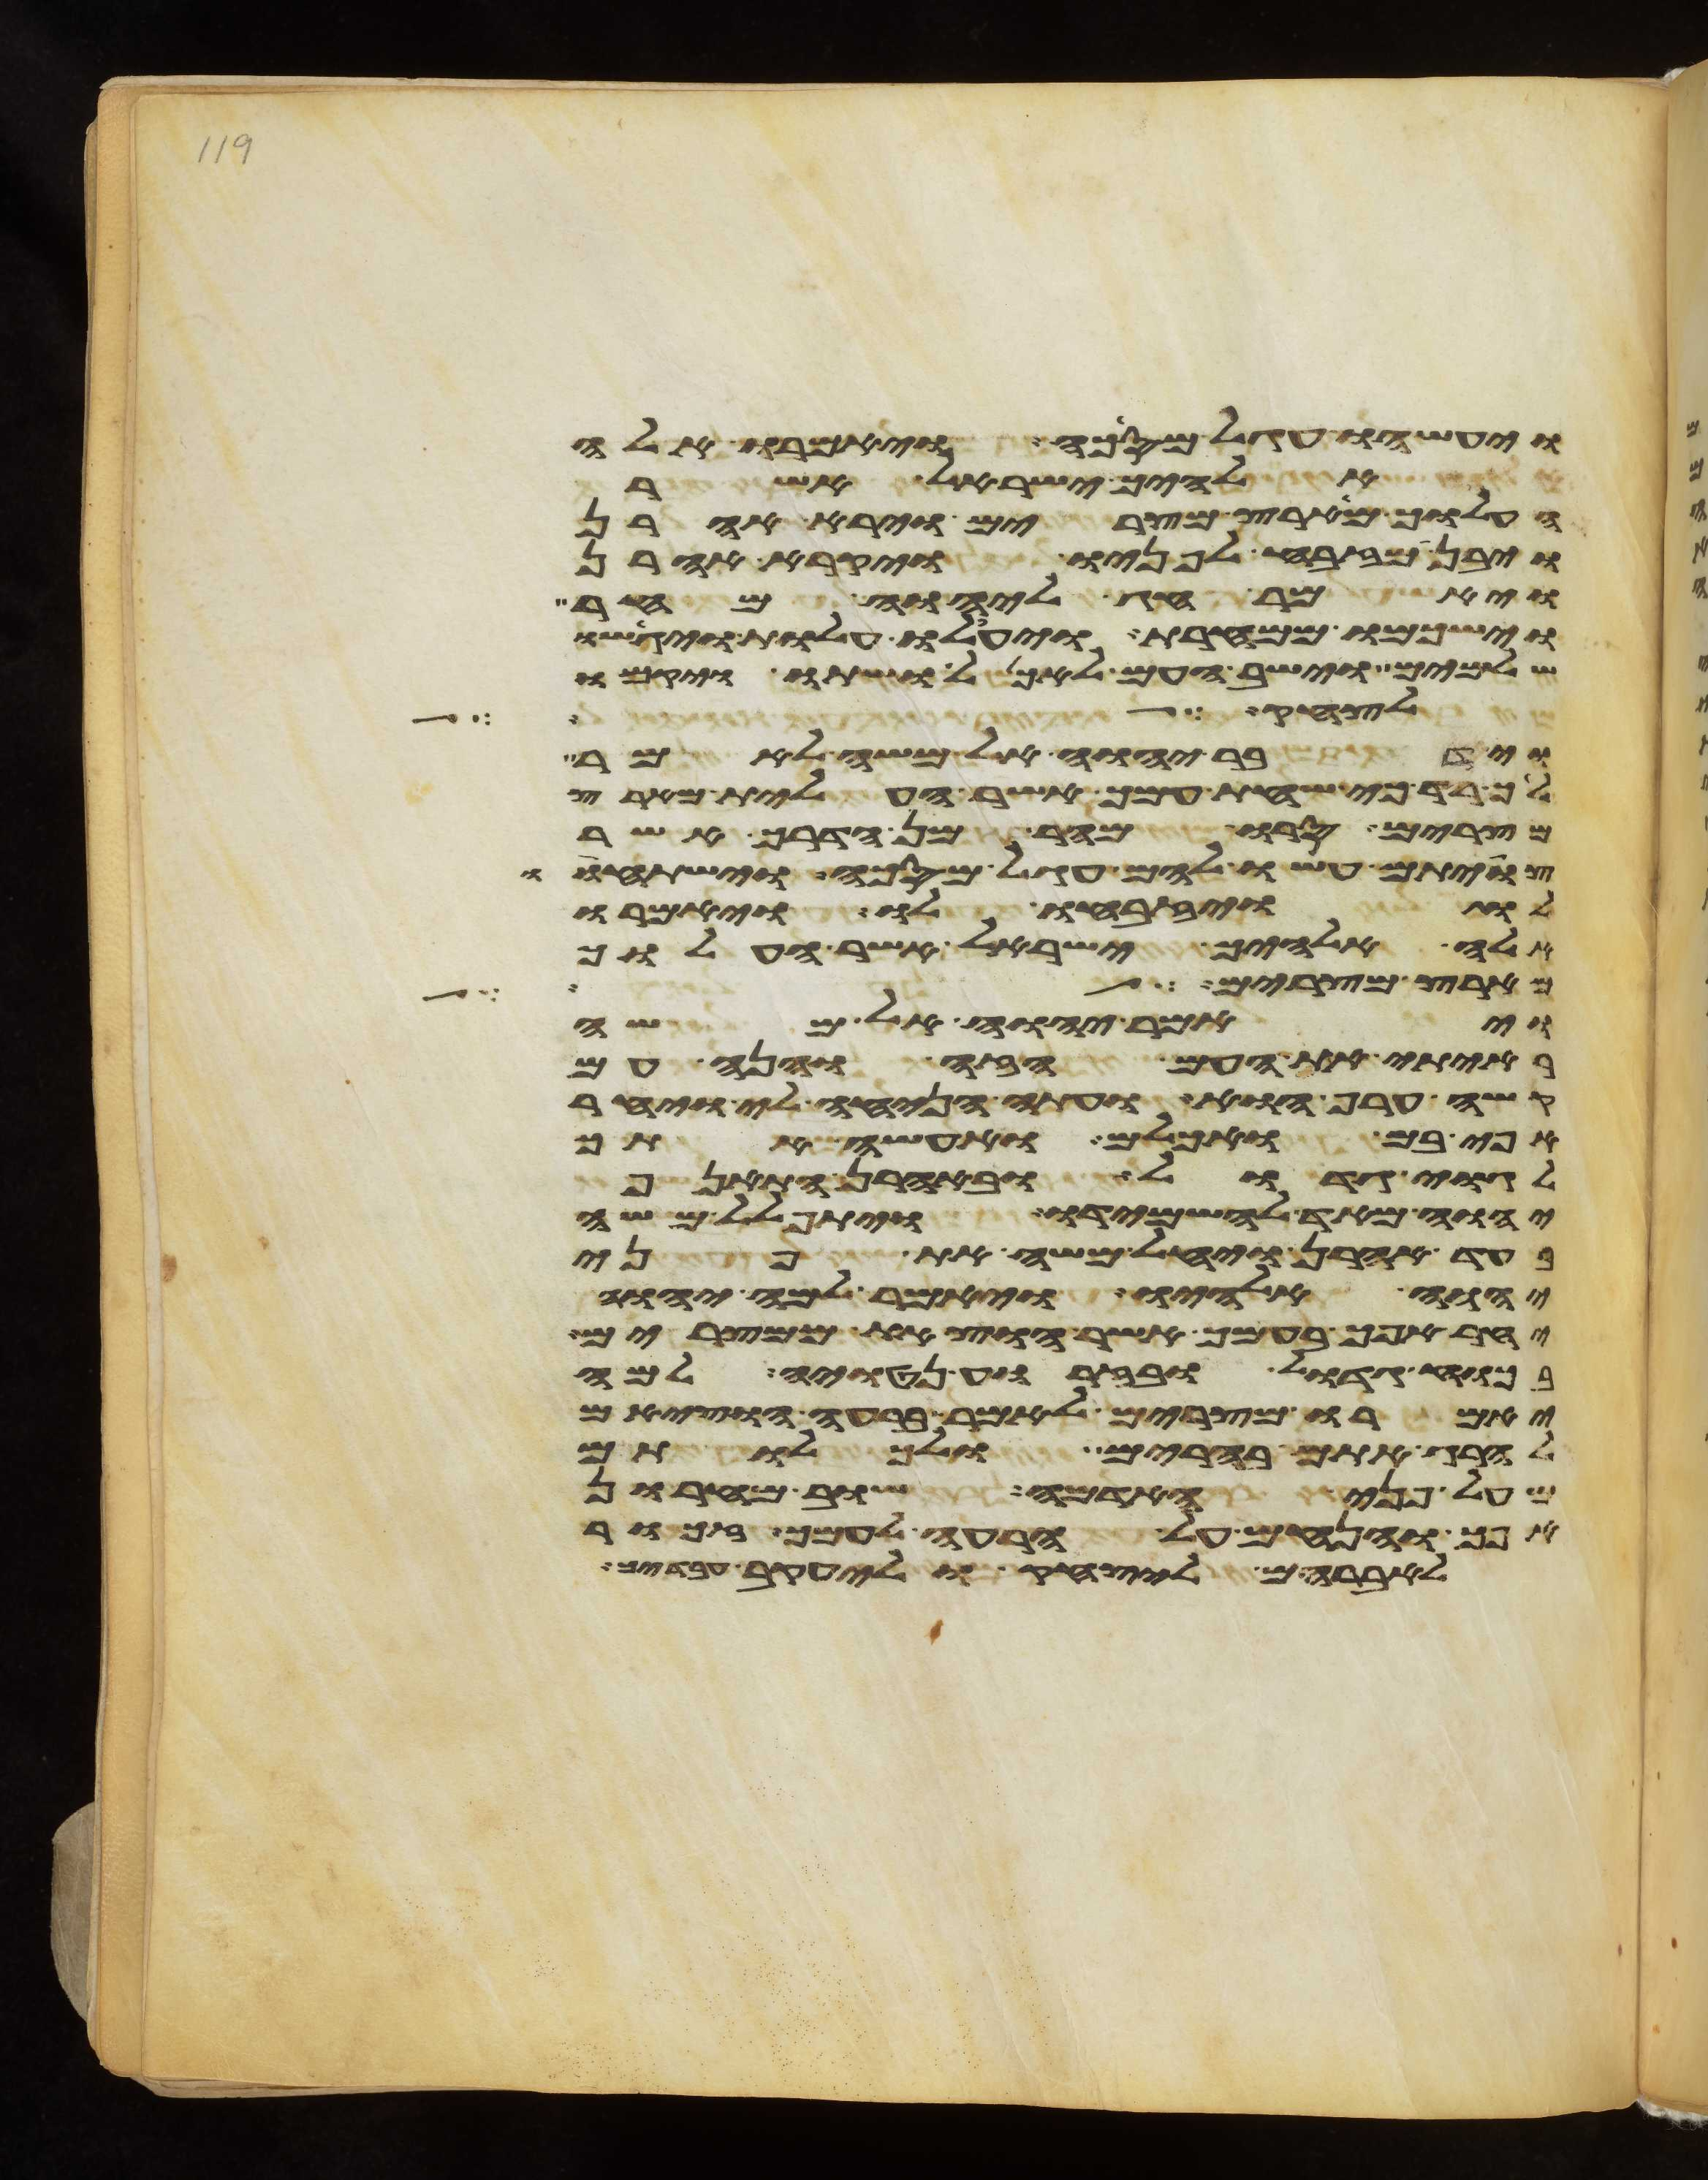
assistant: ויעשהו עגל מסכה ויאמרו אלה
אלהיך ישראל אשר
העלוך מארץ מצרים וירא אהרן
ויבן מזבח לפניו ויקרא אהרן
ויאמר חג ליהוה מחר
וישכמו ממחרת ויעלו עלות ויגישו
שלמים וישב העם לאכל ושתו ויקמו
לחק לך
וידבר יהוה אל משה לאמר
לך רד כי שחת עמך אשר העלית מארץ
מצרים סרו מהר מן הדרך אשר
צויתם עשו להם עגל מסכה וישתחוו
לו ויזבחו לו ויאמרו
אלה אלהיך ישראל אשר העלוך
מארץ מצרים לילה
ויאמר יהוה אל משה
ראיתי את העם הזה והנה עם
קשה ערף הוא ועתה הניחה לי ויחר
אפי בם ואכלם ואעשה אתך
לגוי גדול ובאהרן התאנף
יהוה מאד להשמידו ויתפלל משה
בעד אהרן ויחל משה את פני
יהוה אלהיו ויאמר למה יהוה
יחר אפך בעמך אשר הוצאת ממצרים
בכח גדול ובזרוע נטויה למה
יאמרו מצרים לאמר ברעה הוציאם
להרג אתם בהרים ולכלותם
מעל פני האדמה שוב מחרון
אפך והנחם על הרעה לעמך זכור
לאברהם ליצחק וליעקב עבדיך